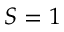
S = 1